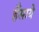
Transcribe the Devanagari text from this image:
हँसाये